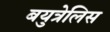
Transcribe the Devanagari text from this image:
बयुत्रेलिस